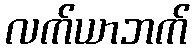
လက်ယာဘက်